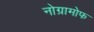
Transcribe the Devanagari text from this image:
नोग्रामोफ